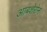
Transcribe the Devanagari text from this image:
आबशेरोन